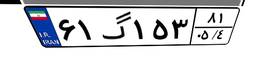
۶۱گ۱۵۳۸۱